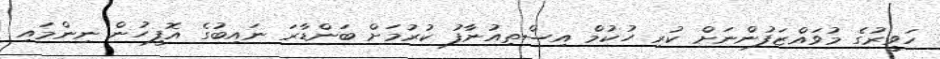
ހަވީރުގެ މުވައްޒަފުންނަށް ކުރި ހުކުމް އިސްތިއުނާފު ކުރުމަށް ބަންޑާރަ ނައިބުގެ އޮފީހުން ނިންމައި